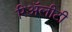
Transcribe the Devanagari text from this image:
रिॲलीटी